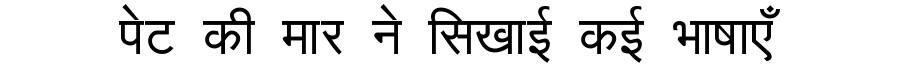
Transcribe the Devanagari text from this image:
पेट की मार ने सिखाई कई भाषाएँ